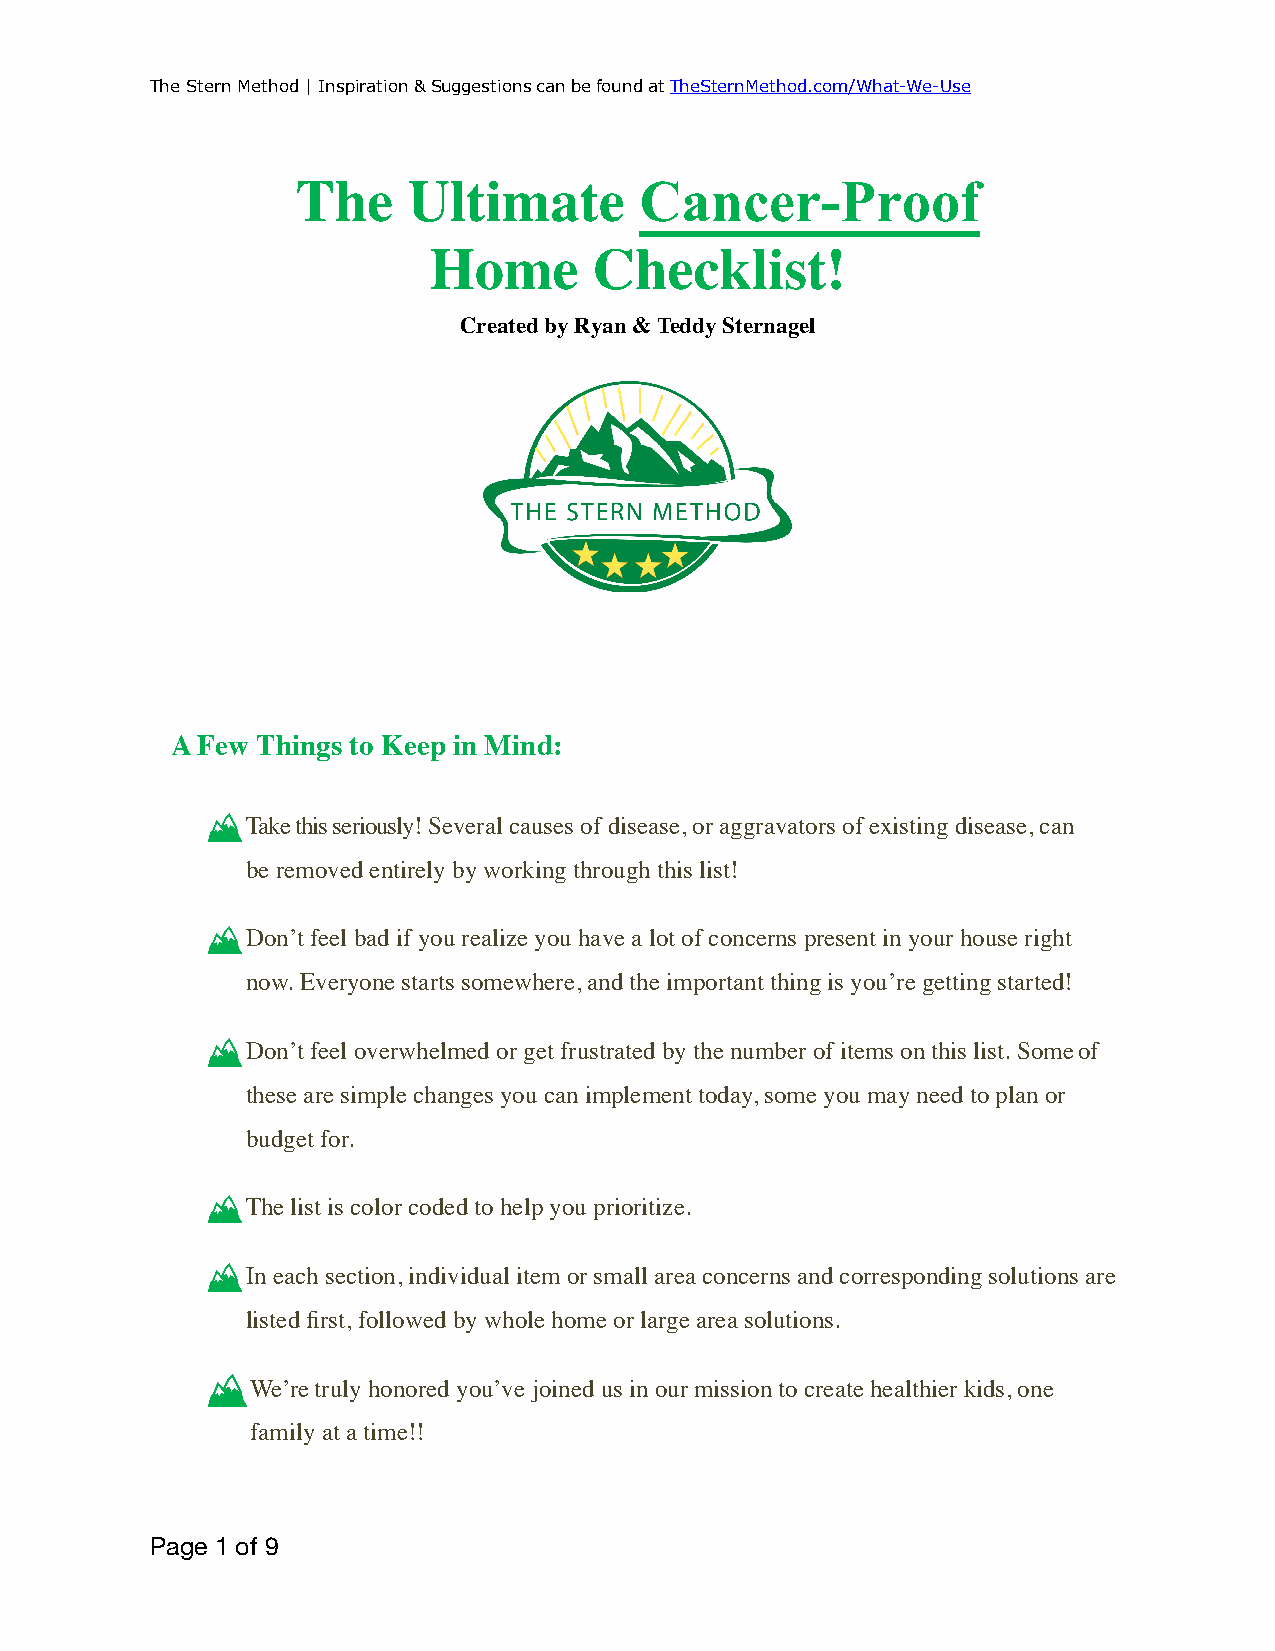
The Stern Method | Inspiration & Suggestions can be found at TheSternMethod.com/What-We-Use
 The    Ultimate       Cancer-Proof
 Home       Checklist!
 Created by Ryan & Teddy Sternagel
 A Few Things to Keep in Mind:
 Take this seriously! Several causes of disease, or aggravators of existing disease, can
 be removed entirely by working through this list!
 Don’t feel bad if you realize you have a lot of concerns present in your house right
 now. Everyone starts somewhere, and the important thing is you’re getting started!
 Don’t feel overwhelmed or get frustrated by the number of items on this list. Some of
 these are simple changes you can implement today, some you may need to plan or
 budget for.
 The list is color coded to help you prioritize.
 In each section, individual item or small area concerns and corresponding solutions are
 listed first, followed by whole home or large area solutions.
 We’re truly honored you’ve joined us in our mission to create healthier kids, one
 family at a time!!
 Page 1 of 9